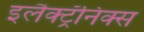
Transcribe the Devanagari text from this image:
इलैक्ट्रॅनिक्स